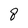
Character: 8